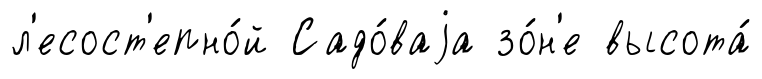
л'есост'епно́й Садо́ваjа зо́н'е высота́